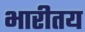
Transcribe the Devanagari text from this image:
भारीतय